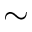
\sim